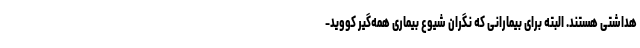
هداشتی هستند. البته برای بیمارانی که نگران شیوع بیماری همه‌گیر کووید-